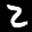
Label: 2